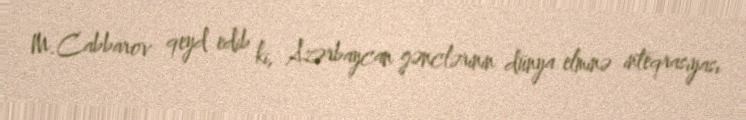
M.Cabbarov qeyd edib ki, Azərbaycan gənclərinin dünya elminə inteqrasiyası